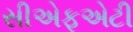
સીએફએટી